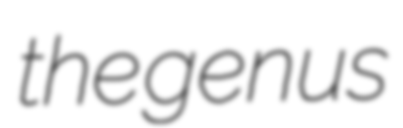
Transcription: the genus